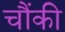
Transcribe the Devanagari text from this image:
चौंकी